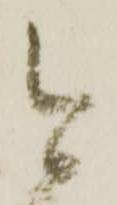
今